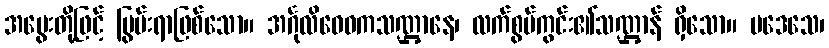
အမွေးတို့ဖြင့် ပြွမ်းရာဖြစ်သော။ အင်္ဂုလိဝေဓကသဏ္ဌာနေ၊ လက်စွပ်ကွင်း၏သဏ္ဌာန် ရှိသော။ ပဒေသေ၊